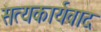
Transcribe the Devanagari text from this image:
सत्यकार्यवाद